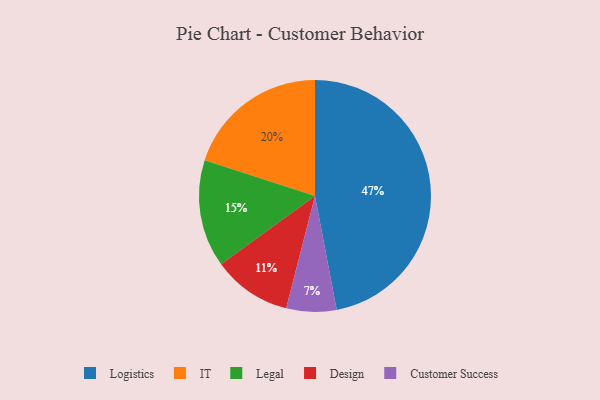
{"axis": {"x": "Category", "y": "Percentage"}, "legend": ["Customer Success", "Design", "IT", "Legal", "Logistics"], "data": [{"x": "Customer Success", "y": 7, "type": "Customer Success"}, {"x": "Legal", "y": 15, "type": "Legal"}, {"x": "Logistics", "y": 47, "type": "Logistics"}, {"x": "Design", "y": 11, "type": "Design"}, {"x": "IT", "y": 20, "type": "IT"}]}